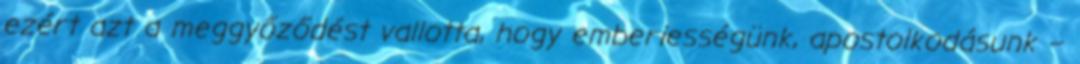
ezért azt a meggyőződést vallotta, hogy emberiességünk, apostolkodásunk –